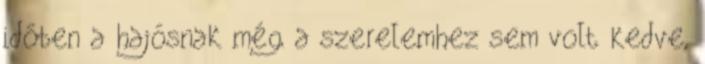
időben a hajósnak még a szerelemhez sem volt kedve,